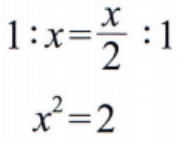
\[
\begin{align*}
1:x&=\frac{x}{2}:1\\
x^{2}&=2
\end{align*}
\]